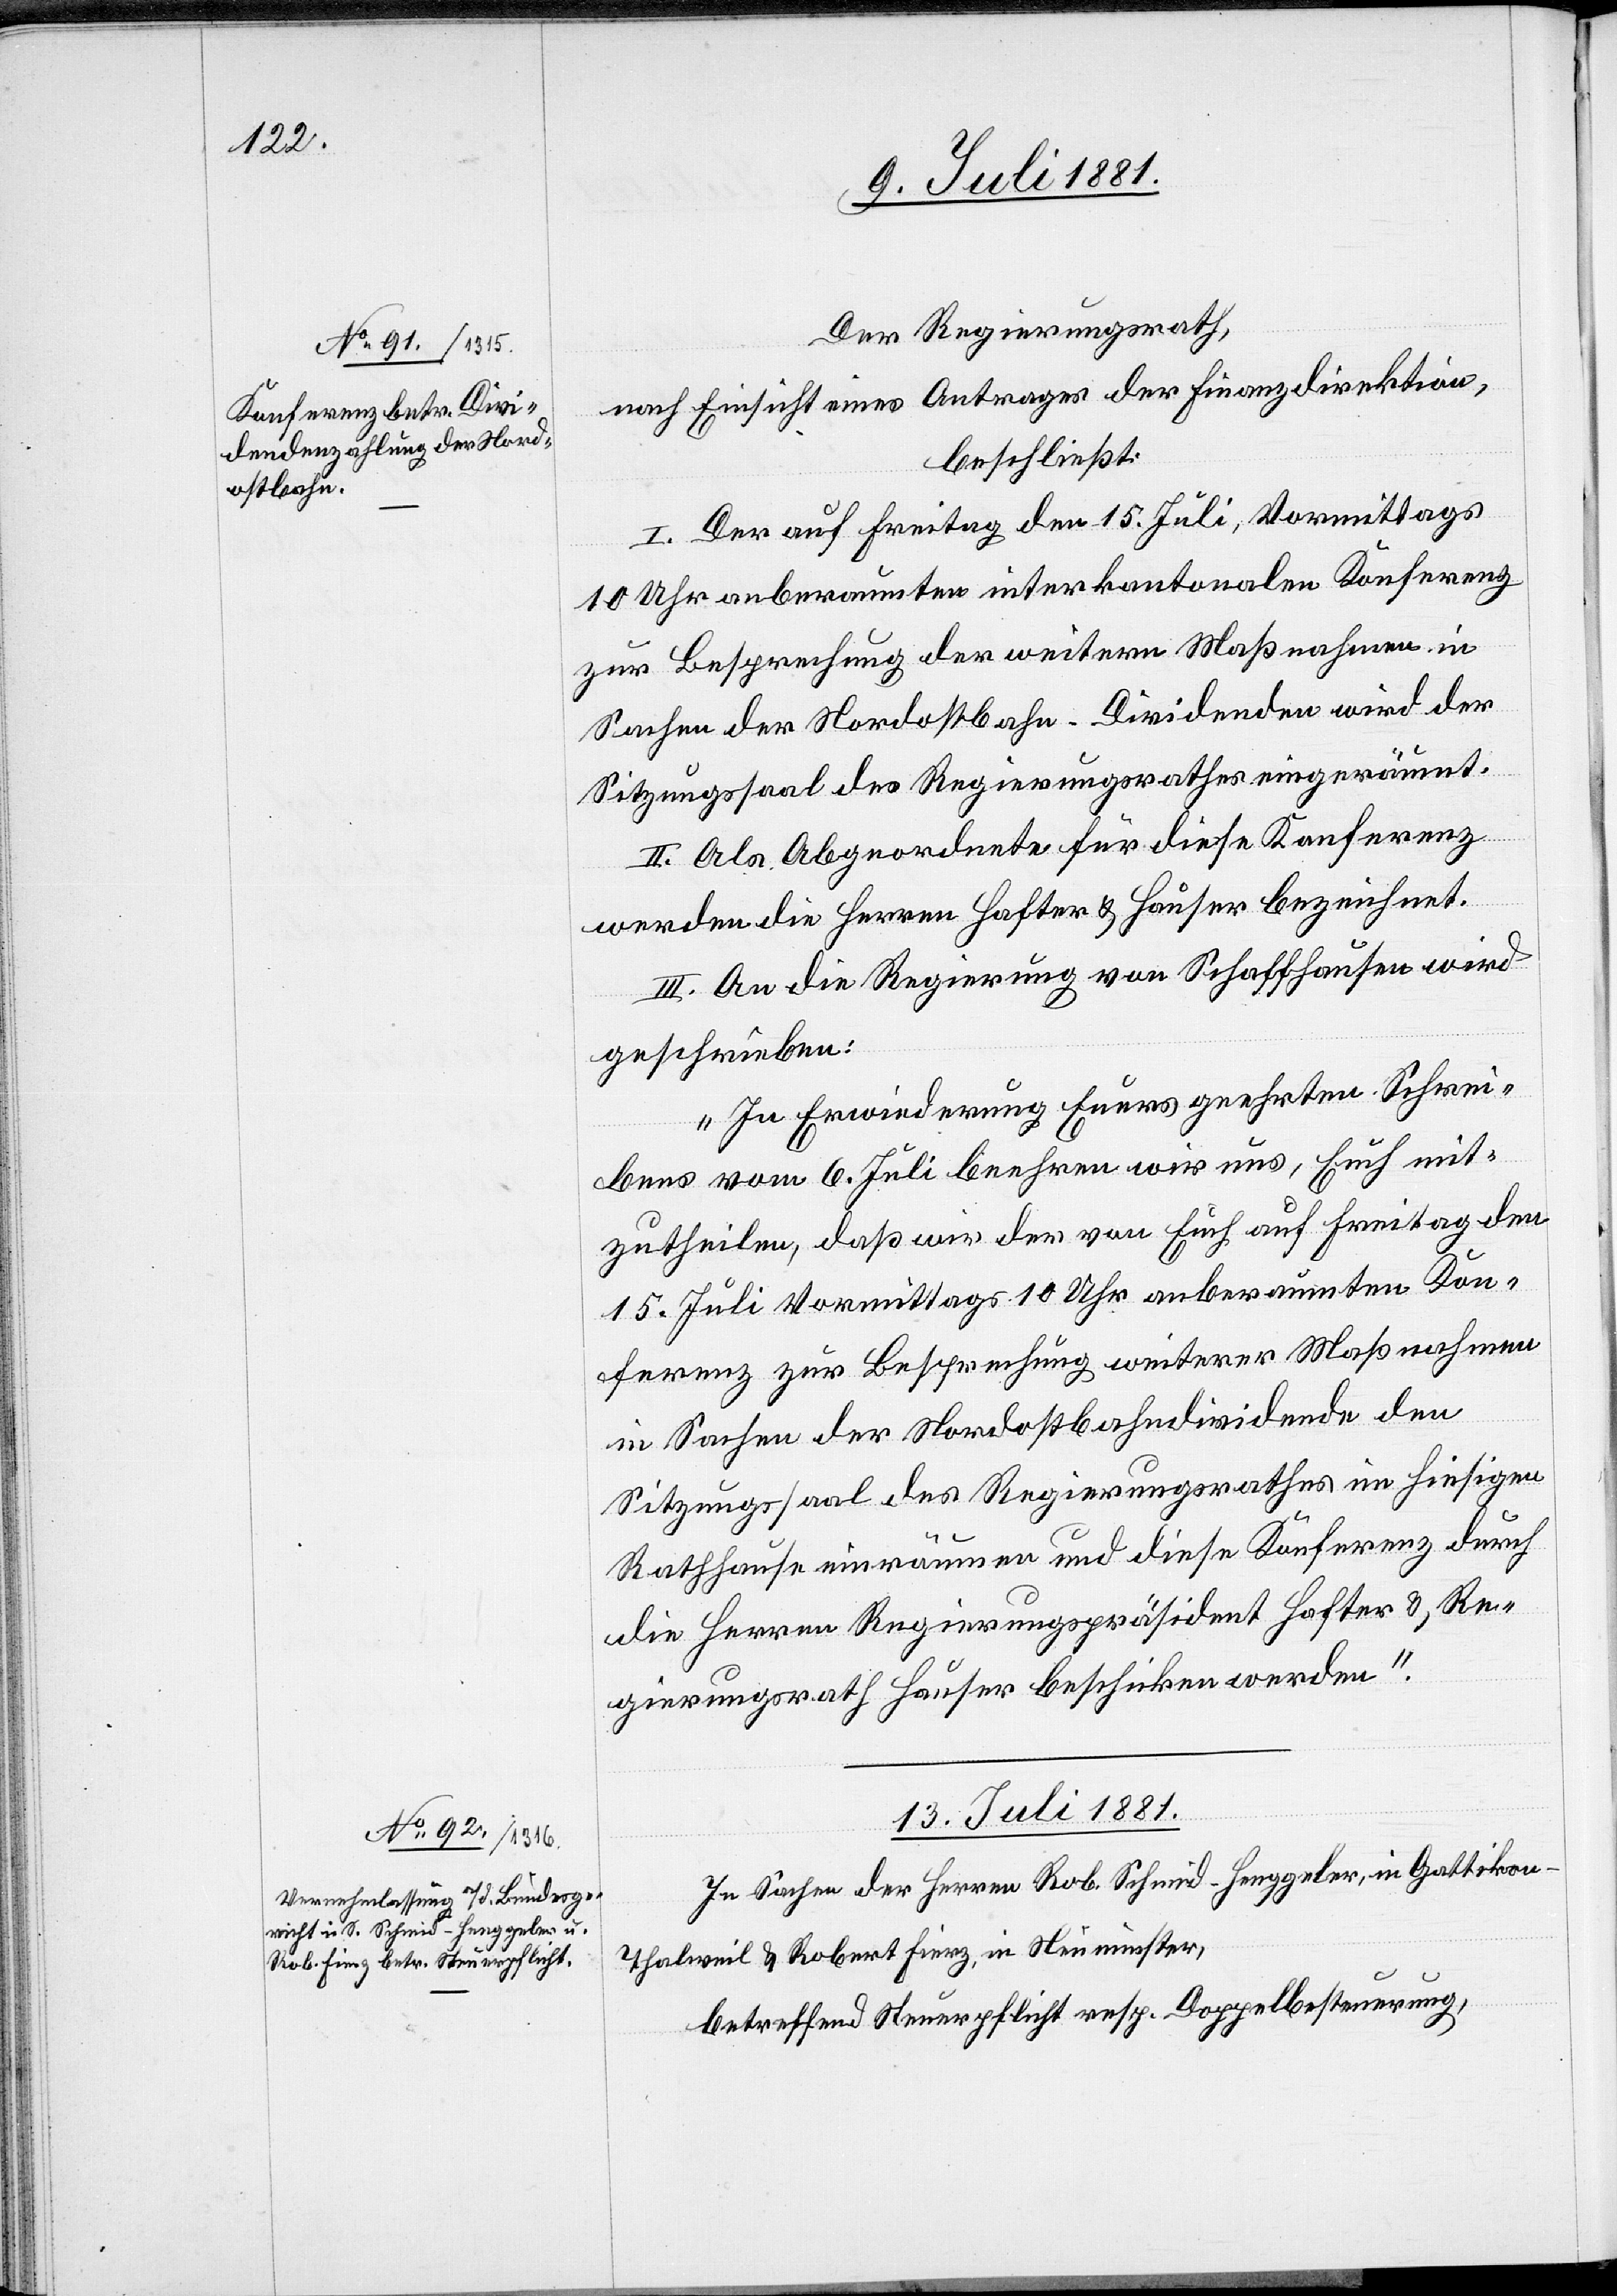
Der Regierungsrath,
nach Einsicht eines Antrages der Finanzdirektion,
beschließt:
I. Der auf Freitag den 15. Juli, Vormittags
10 Uhr anberaumten interkantonalen Konferenz
zur Besprechung der weitern Maßnahmen in
Sachen der Nordostbahn-Dividenden wird der
Sitzungssaal der Regierungsrathes eingeräumt.
II. Als Abgeordnete für diese Konferenz
werden die Herren Hafter & Hauser bezeichnet.
III. An die Regierung von Schaffhausen wird
geschrieben:
„In Erwiederung Euers [sic!] geehrten Schrei¬
bens vom 6. Juli beehren wir uns, Euch mit¬
zutheilen, daß wir der von Euch auf Freitag den
15. Juli Vormittags 10 Uhr anberaumten Kon¬
ferenz zur Besprechung weiterer Maßnahmen
in Sachen der Nordostbahndividende den
Sitzungssaal des Regierungsrathes im hiesigen
Rathhause einräumen und diese Konferenz durch
die Herren Regierungspräsident Hafter &, Re¬
gierungsrath Hauser beschicken werden.“
In Sachen der Herren Rob. Schmid-Henggeler, in Gattikon
Thalweil & Robert Fierz, in Neumünster,
betreffend Steuerpflicht resp. Doppelbestimmung,